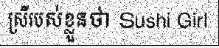
ស្រីរបស់ខ្លួនថា Sushi Girl